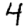
Digit: 4